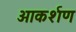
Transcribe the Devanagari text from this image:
आकर्शण